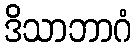
ဒိသာဘာဂံ